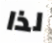
لذا